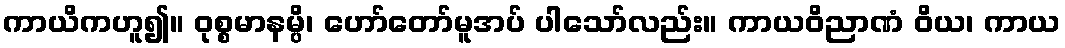
ကာယိကဟူ၍။ ဝုစ္စမာနမ္ပိ၊ ဟော်တော်မူအပ် ပါသော်လည်း။ ကာယဝိညာဏံ ဝိယ၊ ကာယ